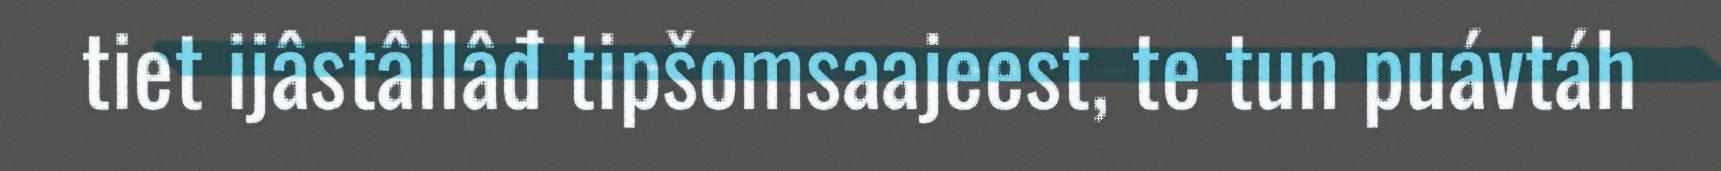
tiet ijâstâllâđ tipšomsaajeest, te tun puávtáh